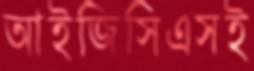
আইজিসিএসই